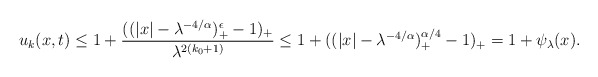
\begin{align*} \begin{aligned} u_k(x,t)\leq 1+ \frac{((|x|-\lambda^{-4/\alpha})_+^{\epsilon}-1)_+}{\lambda^{2(k_0+1)}}\leq 1+((|x|-\lambda^{-4/\alpha})_+^{\alpha/4}-1)_+=1+\psi_\lambda(x). \end{aligned} \end{align*}